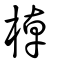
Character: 棹